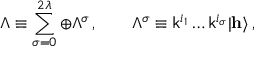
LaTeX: \Lambda \equiv \sum _ { \sigma = 0 } ^ { 2 \lambda } \oplus \Lambda ^ { \sigma } \, , \qquad \Lambda ^ { \sigma } \equiv { \sf k } ^ { i _ { 1 } } \ldots { \sf k } ^ { i _ { \sigma } } | { \bf h } \rangle \, ,